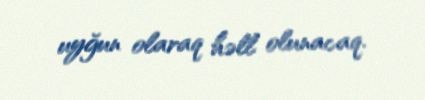
uyğun olaraq həll olunacaq.